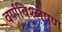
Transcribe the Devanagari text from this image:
वर्णविश्लेषण